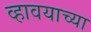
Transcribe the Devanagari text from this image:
व्हावयाच्या